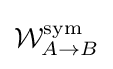
{\mathcal {W}}_{A\rightarrow B}^{\text{sym}}